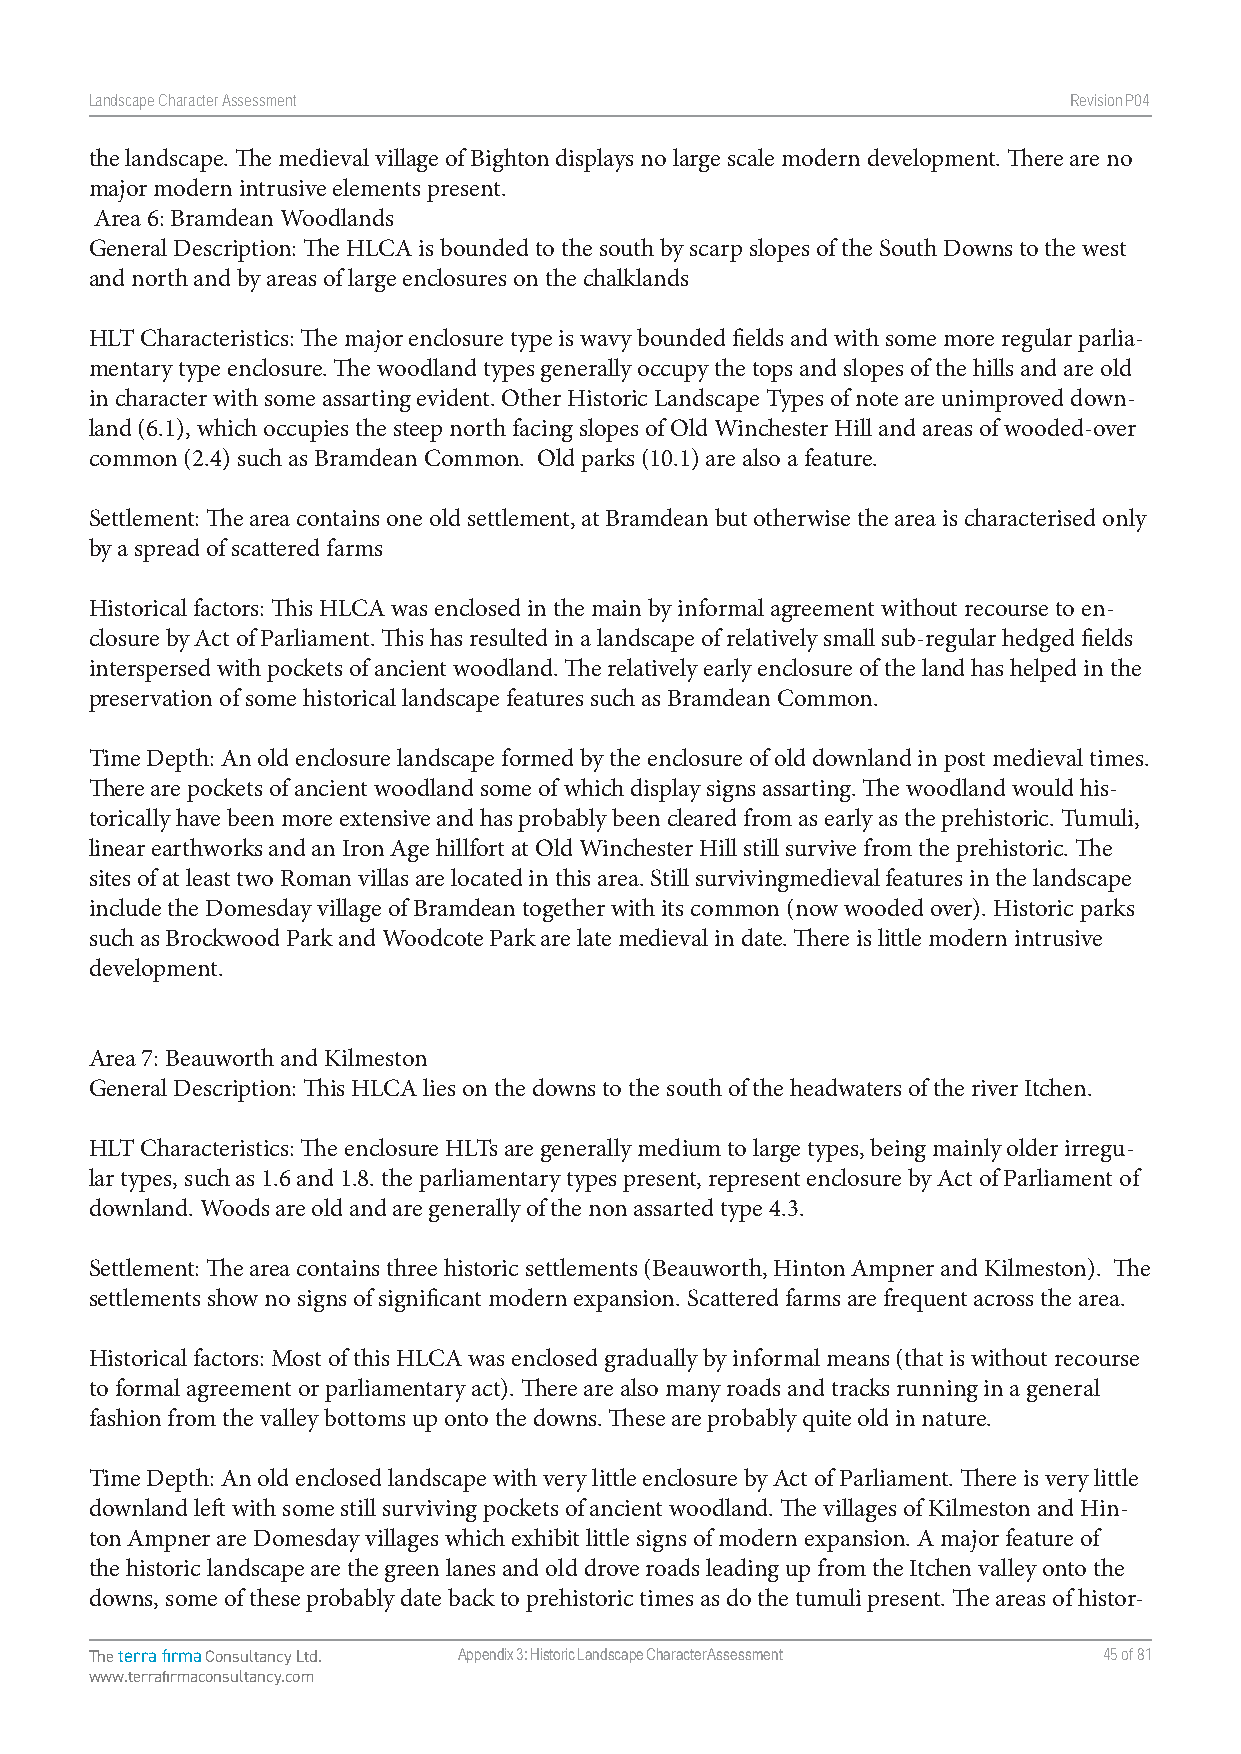
Landscape Character Assessment                                   RevisionP047
 the landscape. The medieval village of Bighton displays no large scale modern development. There are no
 major modern intrusive elements present.
 Area 6: Bramdean Woodlands
 General Description: The HLCA is bounded to the south by scarp slopes of the South Downs to the west
 and north and by areas of large enclosures on the chalklands
 HLT Characteristics: The major enclosure type is wavy bounded fields and with some more regular parlia-
 mentary type enclosure. The woodland types generally occupy the tops and slopes of the hills and are old
 in character with some assarting evident. Other Historic Landscape Types of note are unimproved down-
 land (6.1), which occupies the steep north facing slopes of Old Winchester Hill and areas of wooded-over
 common (2.4) such as Bramdean Common. Old parks (10.1) are also a feature.
 Settlement: The area contains one old settlement, at Bramdean but otherwise the area is characterised only
 by a spread of scattered farms
 Historical factors: This HLCA was enclosed in the main by informal agreement without recourse to en-
 closure by Act of Parliament. This has resulted in a landscape of relatively small sub-regular hedged fields
 interspersed with pockets of ancient woodland. The relatively early enclosure of the land has helped in the
 preservation of some historical landscape features such as Bramdean Common.
 Time Depth: An old enclosure landscape formed by the enclosure of old downland in post medieval times.
 There are pockets of ancient woodland some of which display signs assarting. The woodland would his-
 torically have been more extensive and has probably been cleared from as early as the prehistoric. Tumuli,
 linear earthworks and an Iron Age hillfort at Old Winchester Hill still survive from the prehistoric. The
 sites of at least two Roman villas are located in this area. Still survivingmedieval features in the landscape
 include the Domesday village of Bramdean together with its common (now wooded over). Historic parks
 such as Brockwood Park and Woodcote Park are late medieval in date. There is little modern intrusive
 development.
 Area 7: Beauworth and Kilmeston
 General Description: This HLCA lies on the downs to the south of the headwaters of the river Itchen.
 HLT Characteristics: The enclosure HLTs are generally medium to large types, being mainly older irregu-
 lar types, such as 1.6 and 1.8. the parliamentary types present, represent enclosure by Act of Parliament of
 downland. Woods are old and are generally of the non assarted type 4.3.
 Settlement: The area contains three historic settlements (Beauworth, Hinton Ampner and Kilmeston). The
 settlements show no signs of significant modern expansion. Scattered farms are frequent across the area.
 Historical factors: Most of this HLCA was enclosed gradually by informal means (that is without recourse
 to formal agreement or parliamentary act). There are also many roads and tracks running in a general
 fashion from the valley bottoms up onto the downs. These are probably quite old in nature.
 Time Depth: An old enclosed landscape with very little enclosure by Act of Parliament. There is very little
 downland left with some still surviving pockets of ancient woodland. The villages of Kilmeston and Hin-
 ton Ampner are Domesday villages which exhibit little signs of modern expansion. A major feature of
 the historic landscape are the green lanes and old drove roads leading up from the Itchen valley onto the
 downs, some of these probably date back to prehistoric times as do the tumuli present. The areas of histor-
 The terra firma Consultancy Ltd. Appendix 3: Historic Landscape Character Assessment 45 of 81
 www.terrafirmaconsultancy.com